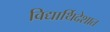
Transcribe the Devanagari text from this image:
विद्यार्थिदेशात